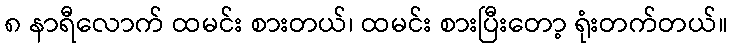
၈ နာရီလောက် ထမင်း စားတယ်၊ ထမင်း စားပြီးတော့ ရုံးတက်တယ်။